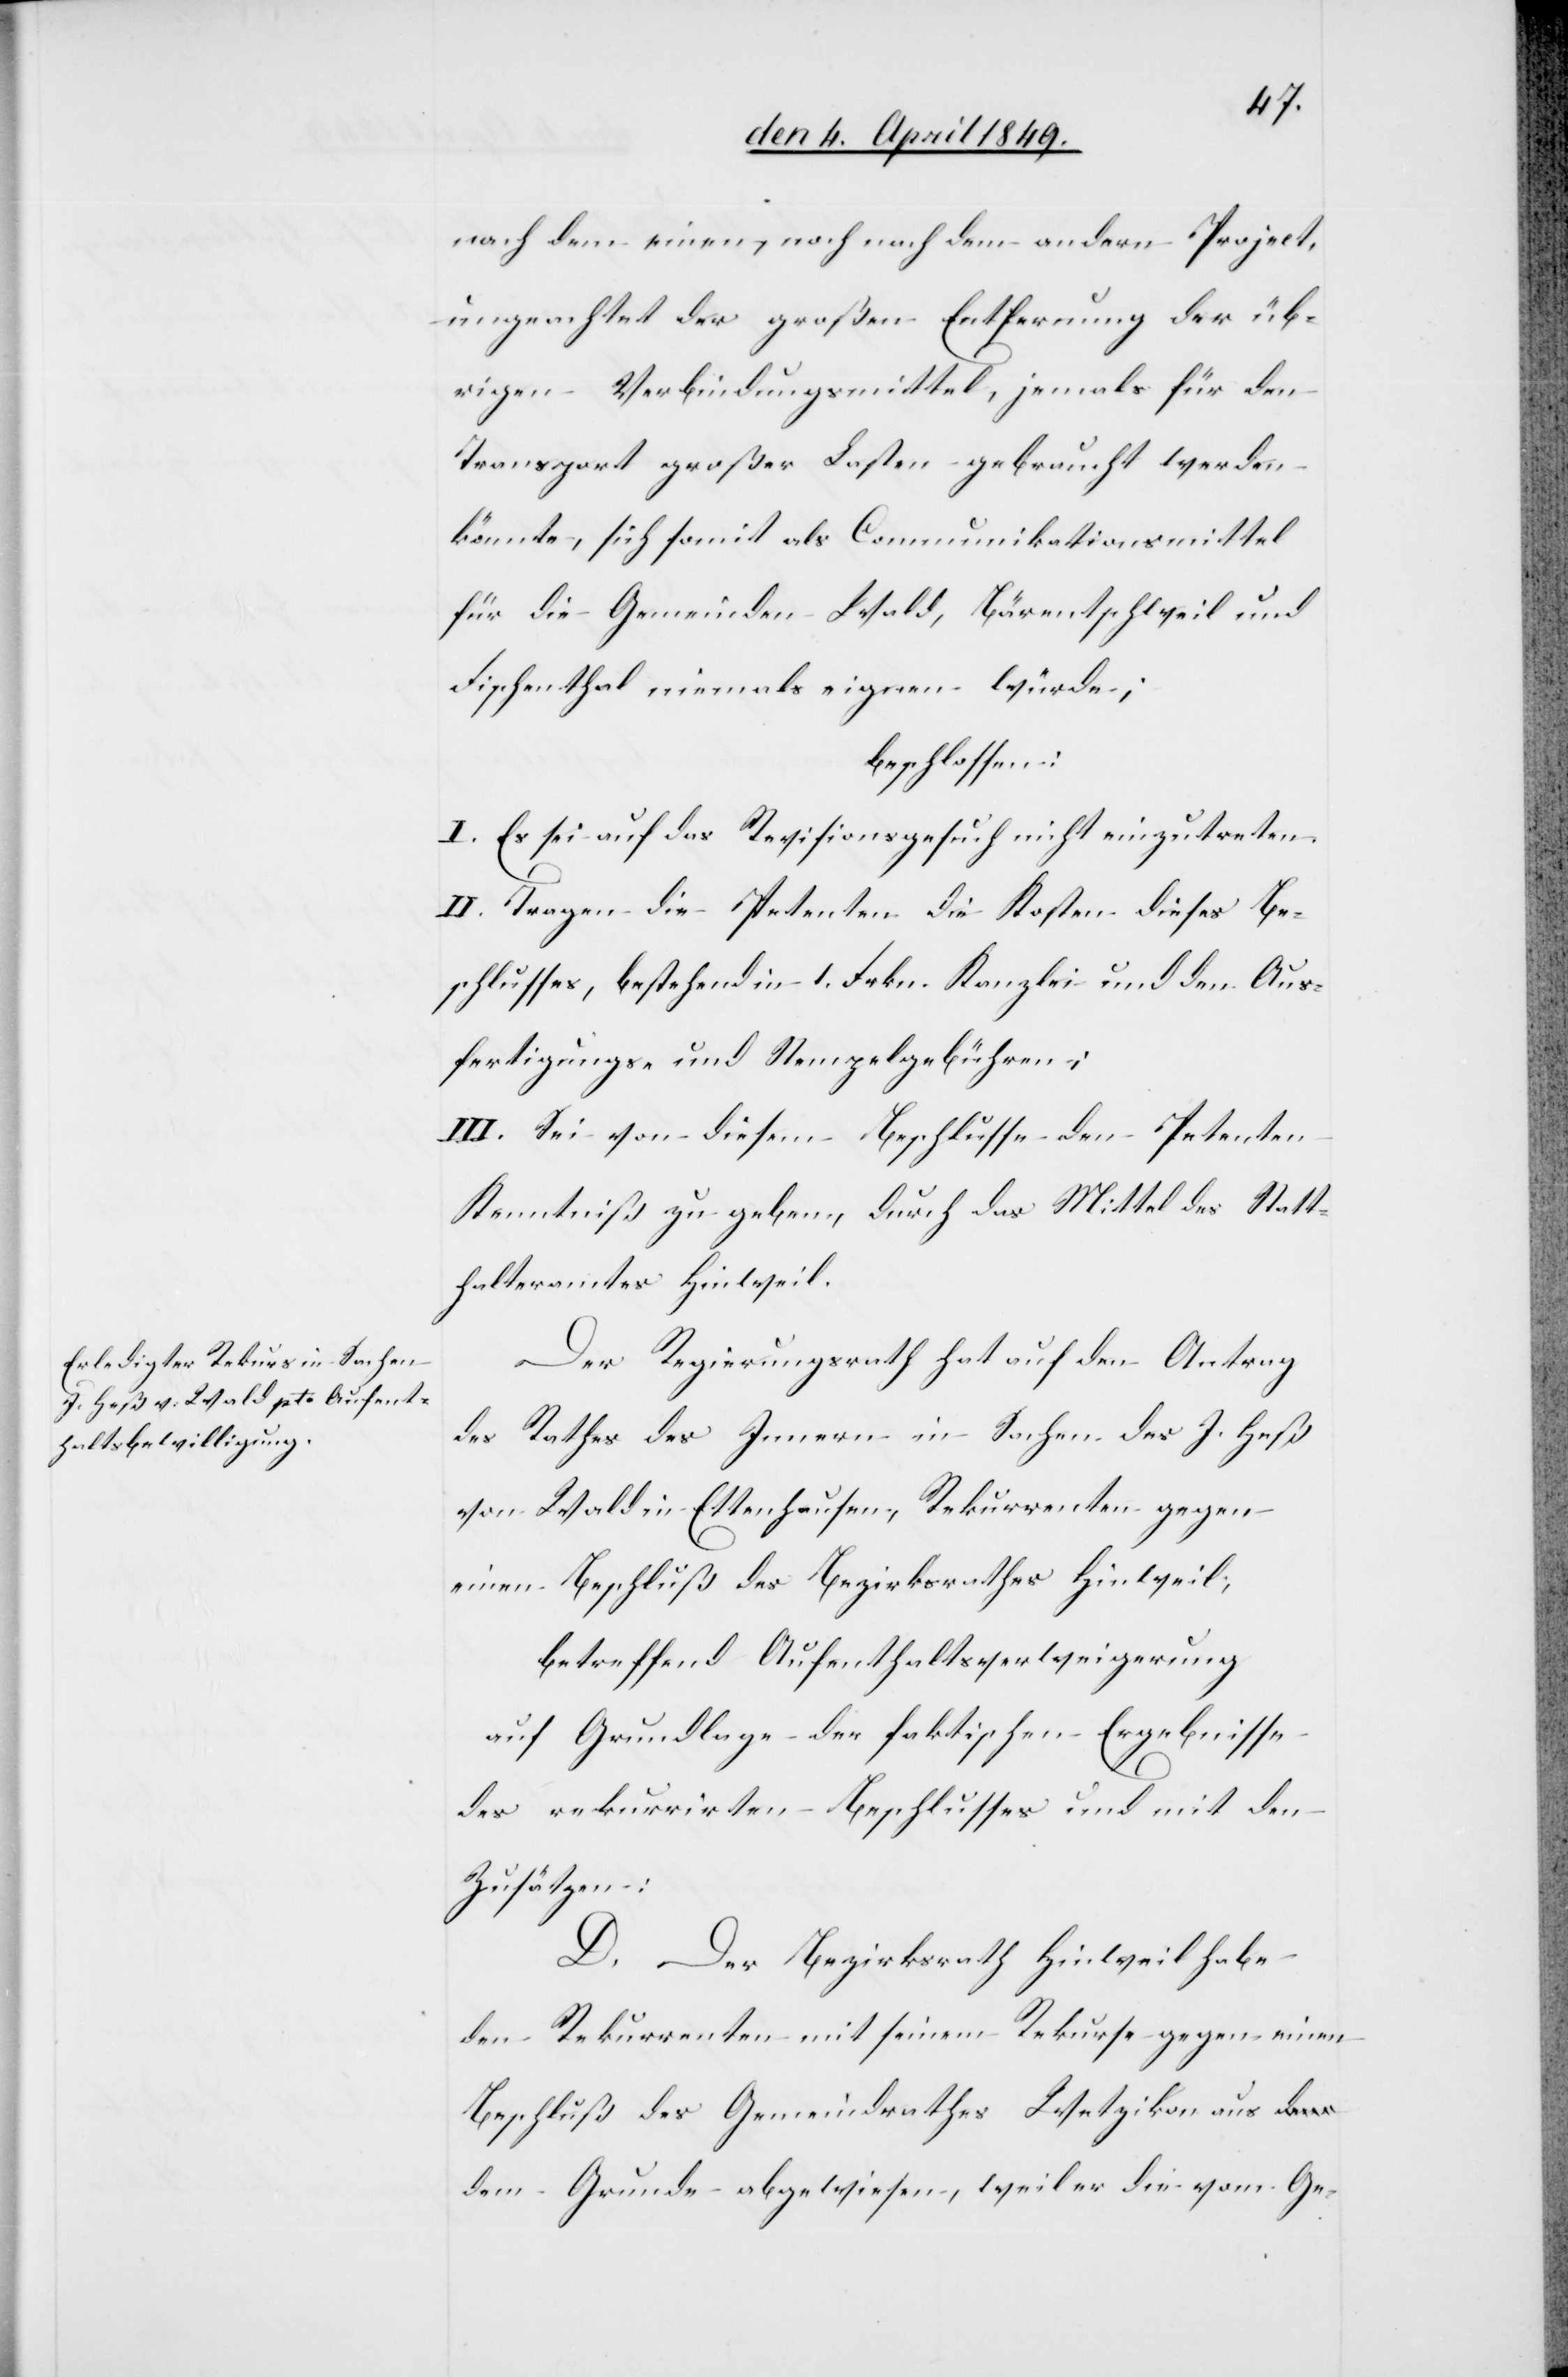
nach dem einen, noch nach dem andern Project,
ungeachtet der großen Entfernung der üb¬
rigen Verbindungsmittel, jemals für den
Transport großer Lasten gebraucht werden
könnte, sich somit als Communikationsmittel
für die Gemeinden Wald, Bärentschweil und
Fischenthal niemals eignen würde;
beschlossen:
I. Es sei auf das Revisionsgesuch nicht einzutreten.
II. Tragen die Petenten die Kosten dieses Be¬
schlusses, bestehend in 1. Frkn. Kanzlei[-]und den Aus¬
fertigungs- und Stempelgebühren;
III. Sei von diesem Beschlusse den Petenten
Kenntniß zu geben, durch das Mittel des Statt¬
halteramtes Hinweil.
Der Regierungsrath hat auf den Antrag
des Rathes des Innern in Sachen des J. Heß
von Wald in Ettenhausen, Rekurrenten gegen
einen Beschluß des Bezirksrathes Hinweil;
betreffend Aufenthaltsverweigerung
auf Grundlage der faktischen Ergebnisse
des rekurrirten Beschlusses und mit den
Zusätzen:
D. Der Bezirksrath Hinweil habe
den Rekurrenten mit seinem Rekurse gegen einen
Beschluß des Gemeindrathes Wetzikon aus d¬
em Grunde abgewiesen, weil er die vom Ge-